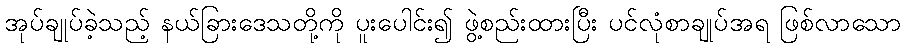
အုပ်ချုပ်ခဲ့သည့် နယ်ခြားဒေသတို့ကို ပူးပေါင်း၍ ဖွဲ့စည်းထားပြီး ပင်လုံစာချုပ်အရ ဖြစ်လာသော